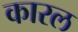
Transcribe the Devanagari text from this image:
कारल